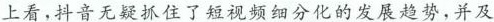
上看，抖音无疑抓住了短视频细分化的发展趋势，并及